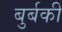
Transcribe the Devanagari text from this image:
बुर्बकी